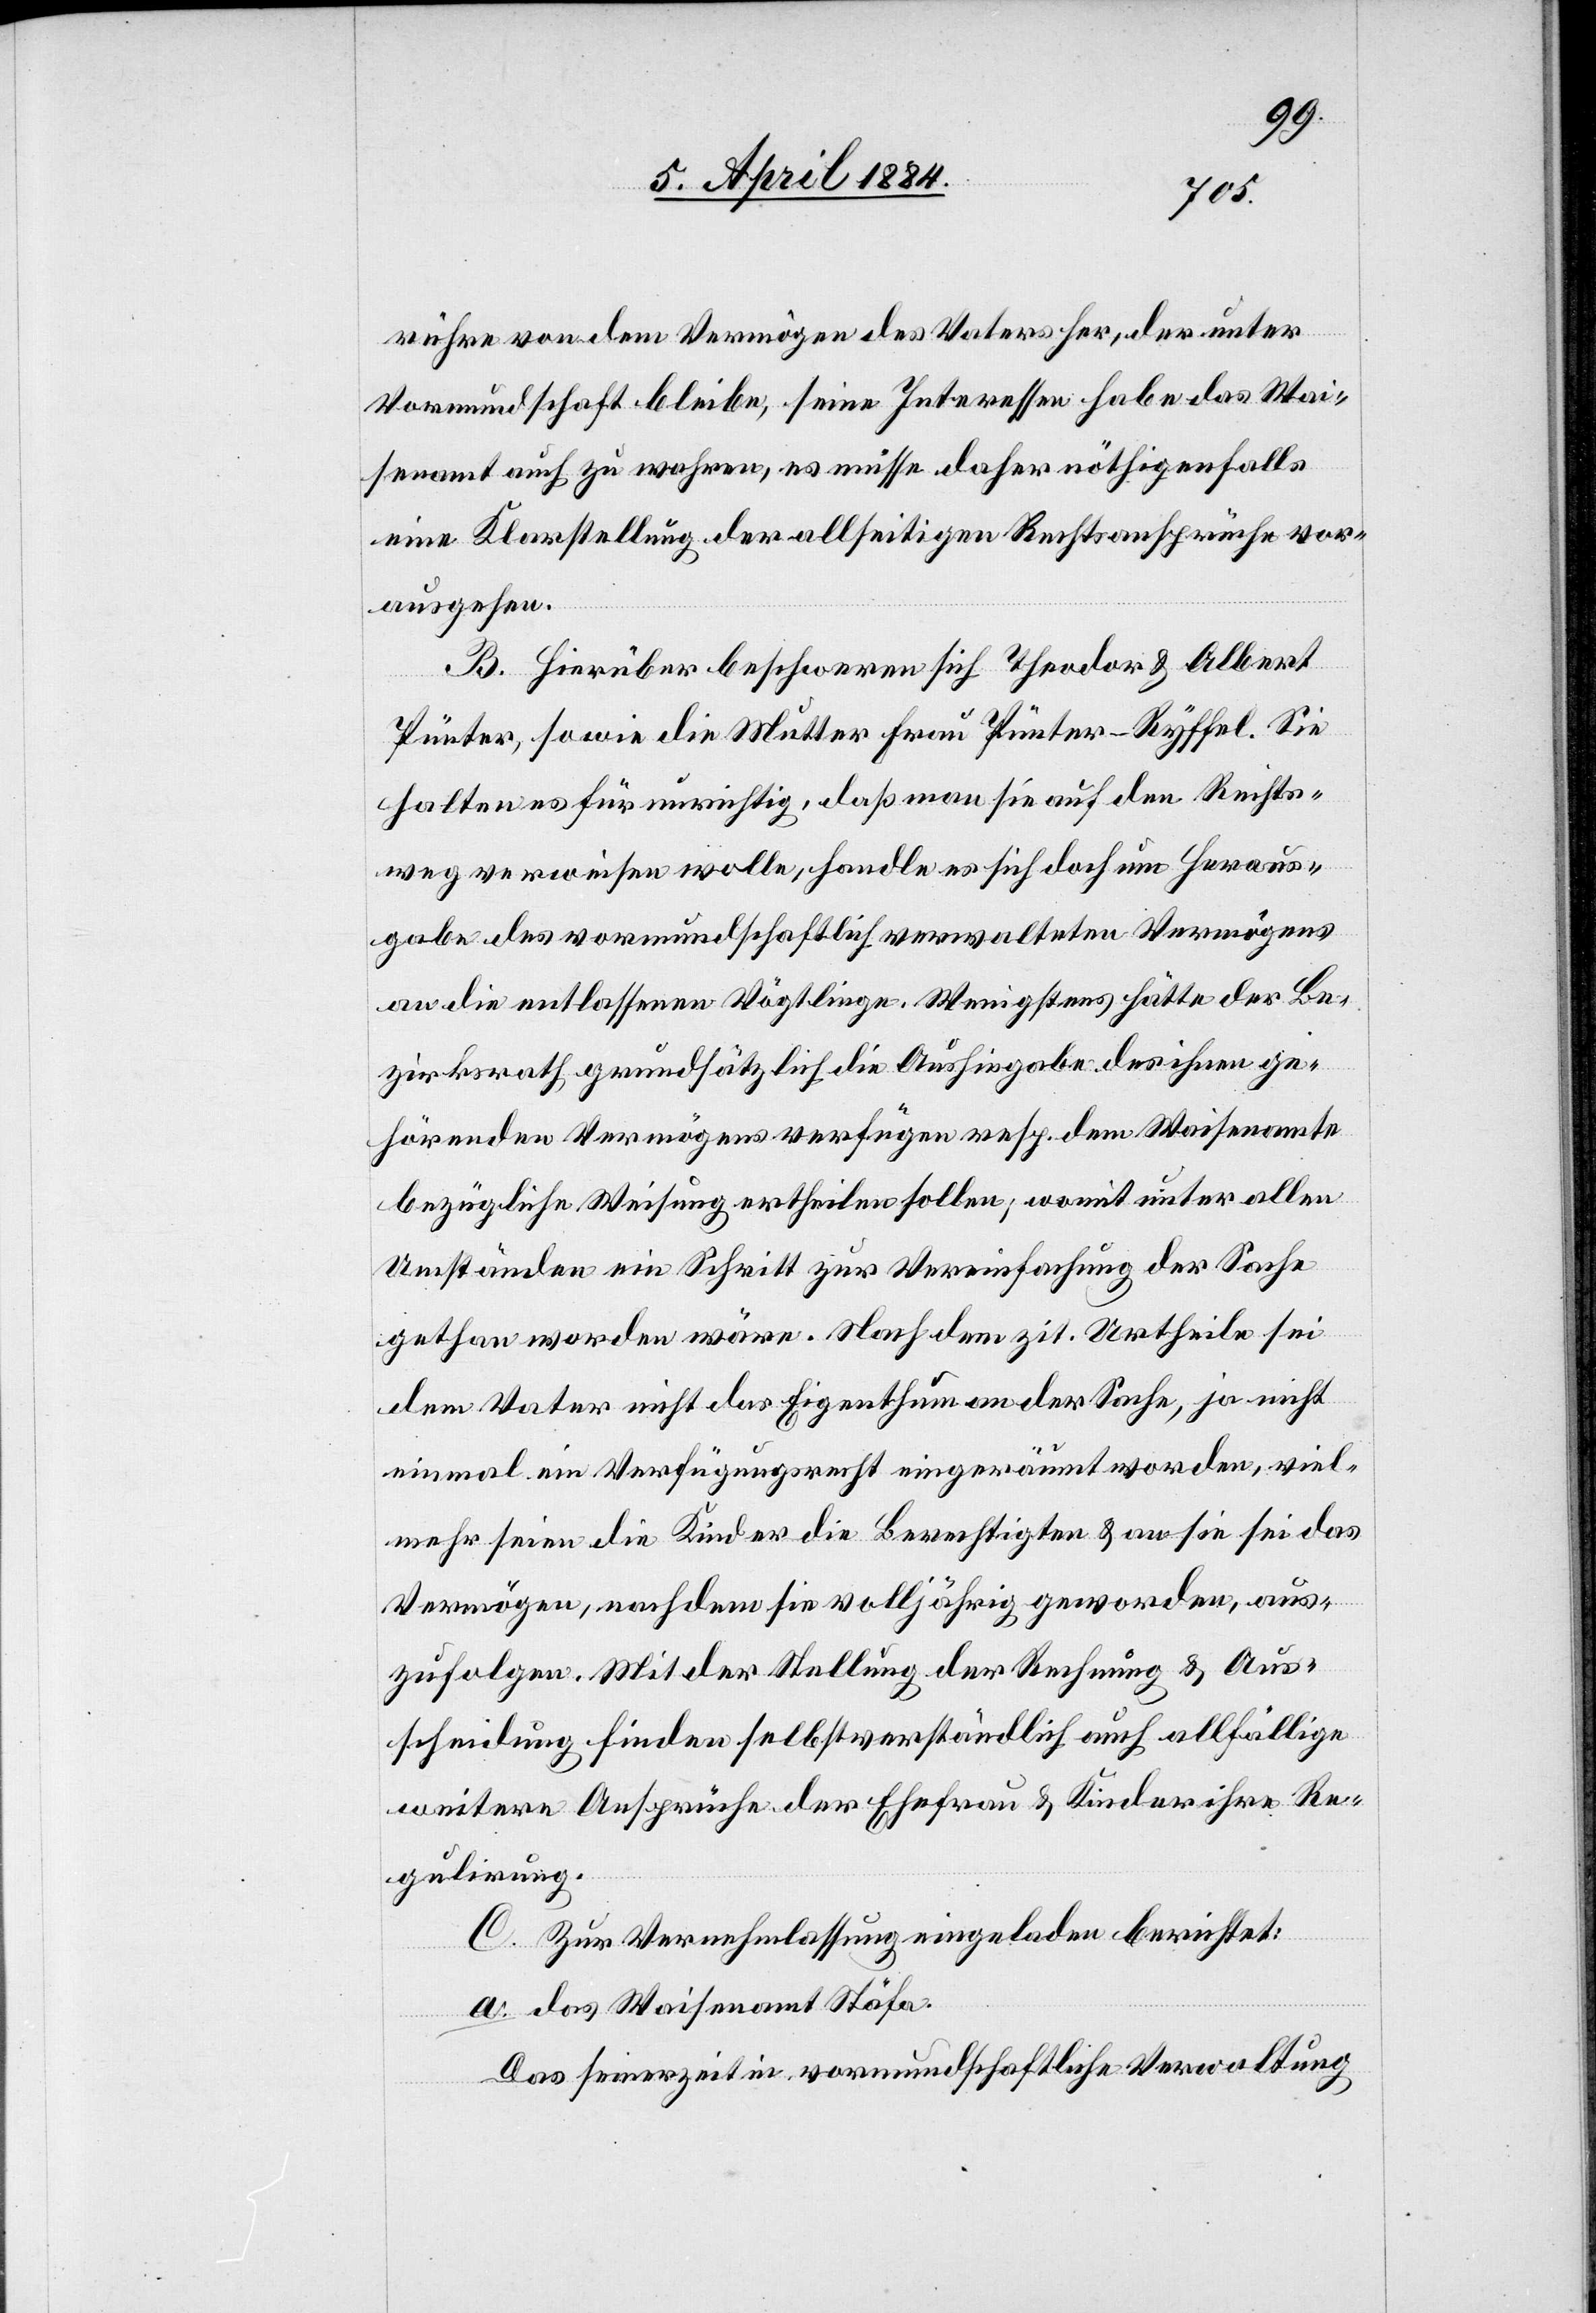
rühre von dem Vermögen des Vaters her, der unter
Vormundschaft bleibe, seine Interessen habe das Wai¬
senamt auch zu wahren, es müsse daher nöthigenfalls
eine Klarstellung der allseitigen Rechtsansprüche vor¬
ausgehen.
B. Hierüber beschweren sich Theodor & Albert
Pünter, sowie die Mutter Frau Pünter-Ryffel. Sie
halten es für unrichtig, daß man sie auf den Rechts¬
weg verweisen wolle, handle es sich doch um Heraus¬
gabe des vormundschaftlich verwalteten Vermögens
an die entlassenen Vögtlinge. Wenigstens hätte der Be¬
zirksrath grundsätzlich die Aushingabe des ihnen ge¬
hörenden Vermögens verfügen resp. dem Waisenamte
bezügliche Weisung ertheilen sollen, womit unter allen
Umständen ein Schritt zur Vereinfachung der Sache
gethan worden wäre. Nach dem zit. Urtheile sei
dem Vater nicht das Eigenthum an der Sache, ja nicht
einmal ein Verfügungsrecht eingeräumt worden, viel¬
mehr seien die Kinder die Berechtigten & an sie sei das
Vermögen, nachdem sie volljährig geworden, aus¬
zufolgen. Mit der Stellung der Rechnung & Aus¬
scheidung finden selbstverständlich auch allfällige
weitere Ansprüche der Ehefrau & Kinder ihre Re¬
gulirung.
C. Zur Vernehmlassung eingeladen berichtet:
a. das Waisenamt Stäfa.
Das seinerzeit in vormundschaftliche Verwaltung